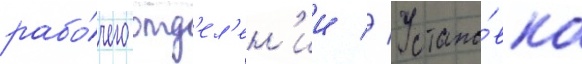
рабо́чего отд'ел'ен'ии // Устано́вка